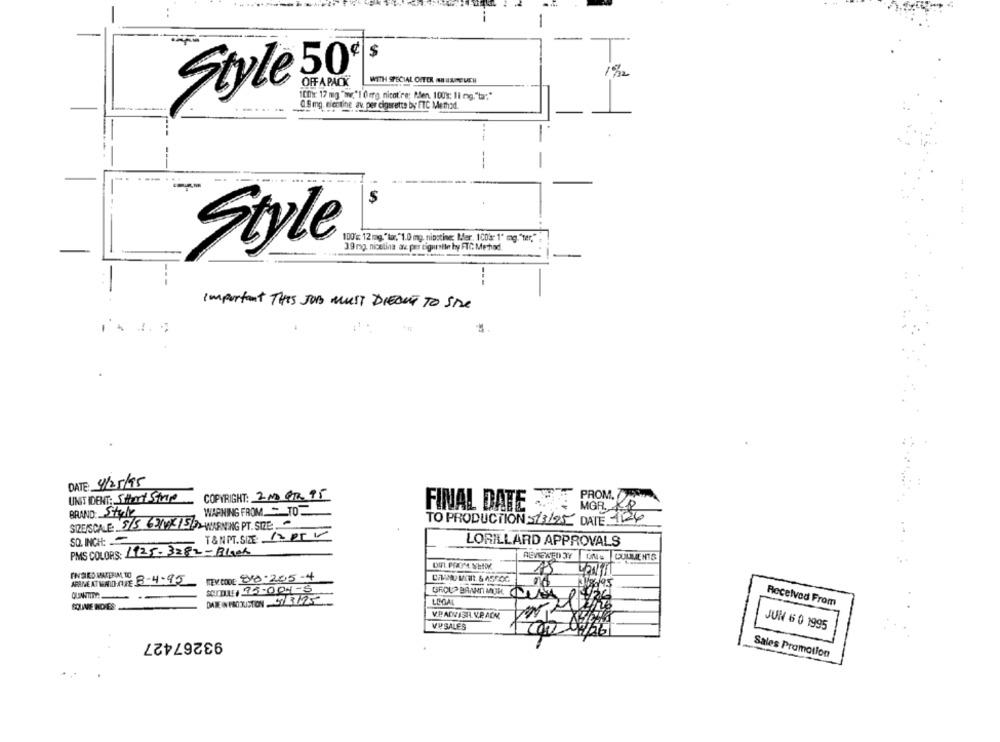
--
-
$
Style 50
WITH SPECIAL OFFER AN ISME LEH
OFF A PACK
10mg: 17 mg "www."I Omrg nicot're; Men. 100%: 11 mg."tar."
-
0.9 mg. nicotine av. per cigarette by FTC Method.
-
-.
100's: 12 mg. " lor, "1.0 mg. nipotine; Mer, 100': 1" mg. "ter,"
39 mg. nicelina az per tigurette by FTC Method
Style
-.
Important THIS JOB MUST DIECUT TO SIDE
DATE: 4/25/95
UNIT IDENT; Start Stop
COPYRIGHT: 2NO BR. 95
PROM.7
FINAL DATE SIE
MGR. KP
BRAND: Style
WARNING FROM - TO
SIDE/SCALE: S/S 63WCIS>WARNING PT. SIZE.
TO PRODUCTION 5/3/25 DATE 126
T& N PT.SIE 12 RTV
SQ. INCH: -
LORILLARD APPROVALS
PMS COLORS: 1125-3282-Black
REVIEWED 37
ITEV CODE: 888-205-4
ARAME AT MAIO-NIFE 3-4-95
GROUP BANKEN MUH JULIA
LOCA
Received From
SOUVE NOES
VPADVISIL V.P.AOK
VPSALES
JUN 6 0 1995
93267427
00 04/56
Sales Promotion